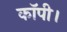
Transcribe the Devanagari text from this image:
कॉपी।